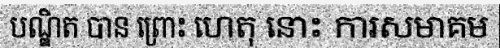
បណ្ឌិត បាន ព្រោះ ហេតុ នោះ ការសមាគម